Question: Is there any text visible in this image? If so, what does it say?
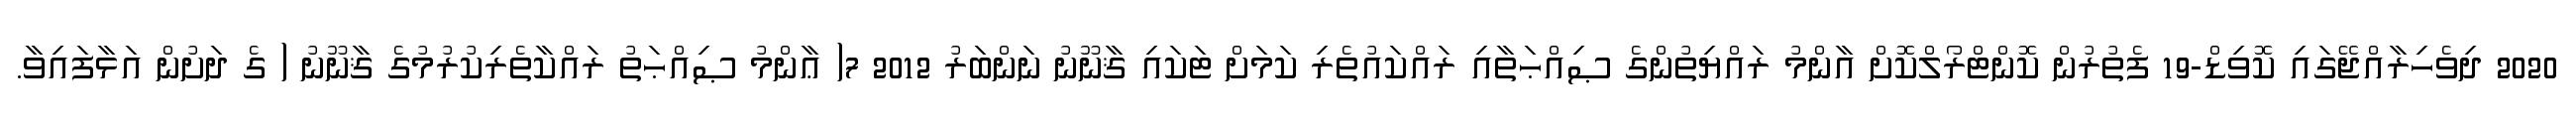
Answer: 2020 ދިވެހިރާއްޖޭގައި ކޮވިޑް-19 ފެތުރުން ކޮންޓްރޯލްކޮށް އާންމު ރައްޔިތުންގެ ޞިއްޙަތާއި ރައްކައުތެރި ކަމަށް ޓަކައި ޤާނޫނު ނަންބަރު 2012 7( ޢާންމު ޞިއްޙަތު ރައްކާތެރިކުރުމުގެ ޤާނޫނު ( ގެ ދަށުން އަޅާފައިވާ.